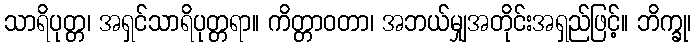
သာရိပုတ္တ၊ အရှင်သာရိပုတ္တရာ။ ကိတ္တာဝတာ၊ အဘယ်မျှအတိုင်းအရှည်ဖြင့်။ ဘိက္ခု၊